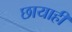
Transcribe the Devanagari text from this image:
छायाही